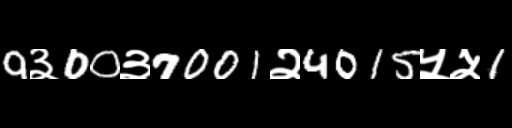
Text: 9३00३7001२4015५५1